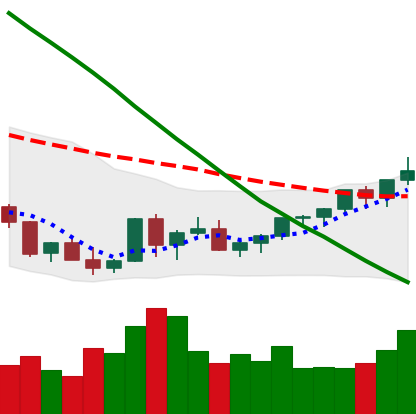
Ticker: XLM-USD
Chart end date: 2022-03-22
Forward return: 10.928%
Label: up_7plus